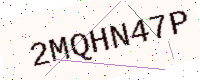
Text: 2MQHN47P